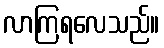
လာကြရလေသည်။